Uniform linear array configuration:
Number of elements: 12
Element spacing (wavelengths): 0.5
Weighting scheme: binomial
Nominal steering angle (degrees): -15
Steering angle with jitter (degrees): -14.504
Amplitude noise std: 0.05
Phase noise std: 0.05

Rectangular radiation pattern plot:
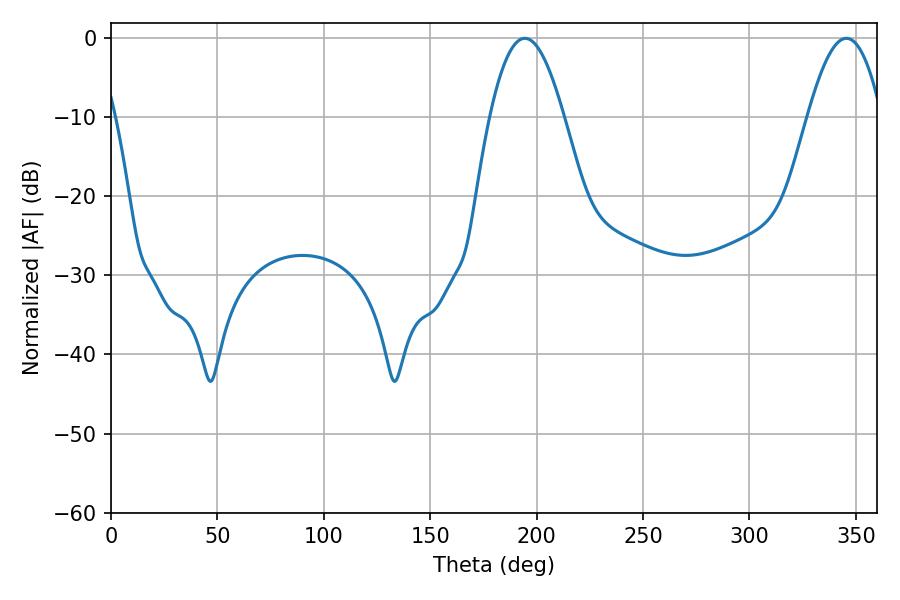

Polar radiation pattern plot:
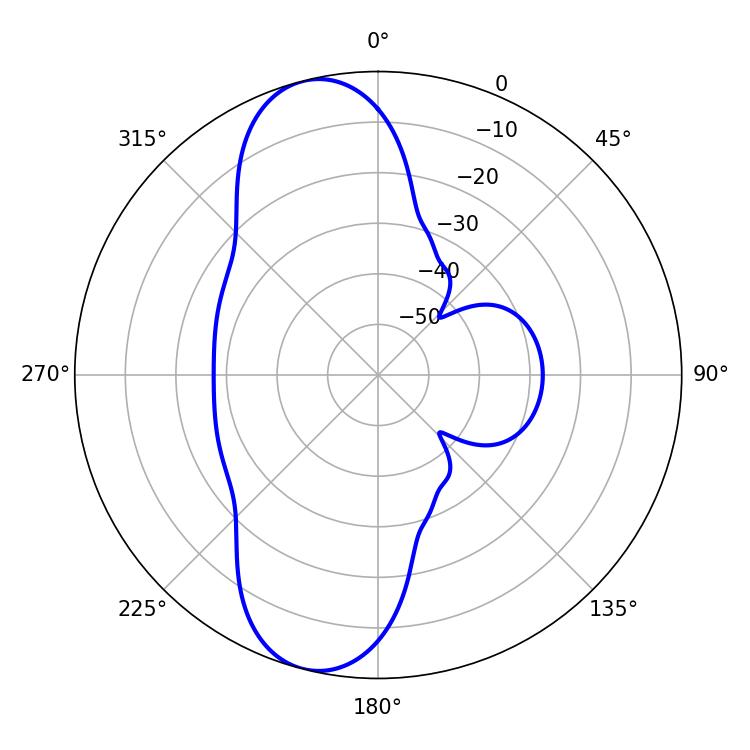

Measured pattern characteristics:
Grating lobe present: FALSE
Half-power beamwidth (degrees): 18.9
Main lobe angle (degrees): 194.4